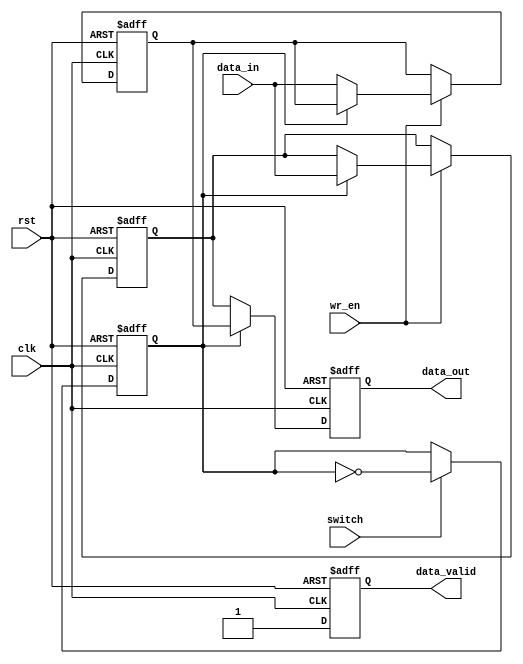
module double_buffer_register (
    input wire clk,                // Clock signal
    input wire rst,                // Asynchronous reset signal
    input wire wr_en,              // Write enable signal
    input wire switch,             // Switch control signal
    input wire [31:0] data_in,     // Data input
    output reg [31:0] data_out,    // Data output
    output reg data_valid          // Data valid signal
);

    reg [31:0] buffer_a;           // Buffer A
    reg [31:0] buffer_b;           // Buffer B
    reg current_buffer;            // Control signal to determine the active buffer (0 for A, 1 for B)

    // Synchronous reset and data write operations
    always @(posedge clk or posedge rst) begin
        if (rst) begin
            buffer_a <= 32'b0;      // Reset Buffer A
            buffer_b <= 32'b0;      // Reset Buffer B
            data_out <= 32'b0;      // Reset data output
            data_valid <= 1'b0;     // Reset data valid signal
            current_buffer <= 1'b0;  // Start with Buffer A
        end else begin
            // Write operation
            if (wr_en) begin
                if (current_buffer == 1'b0) begin
                    buffer_a <= data_in; // Write to Buffer A
                end else begin
                    buffer_b <= data_in; // Write to Buffer B
                end
            end
            
            // Switch buffers
            if (switch) begin
                current_buffer <= ~current_buffer; // Toggle the current buffer
            end
            
            // Read operation
            if (current_buffer == 1'b0) begin
                data_out <= buffer_b;        // Read from Buffer B
            end else begin
                data_out <= buffer_a;        // Read from Buffer A
            end
            
            // Assert data valid signal when data is read
            data_valid <= 1'b1;
        end
    end

endmodule